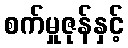
စက်မှုဇုန်နှင့်